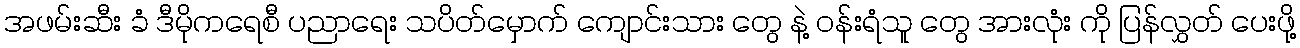
အဖမ်းဆီး ခံ ဒီမိုကရေစီ ပညာရေး သပိတ်မှောက် ကျောင်းသား တွေ နဲ့ ဝန်းရံသူ တွေ အားလုံး ကို ပြန်လွှတ် ပေးဖို့